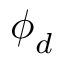
\boldsymbol { \phi } _ { d }